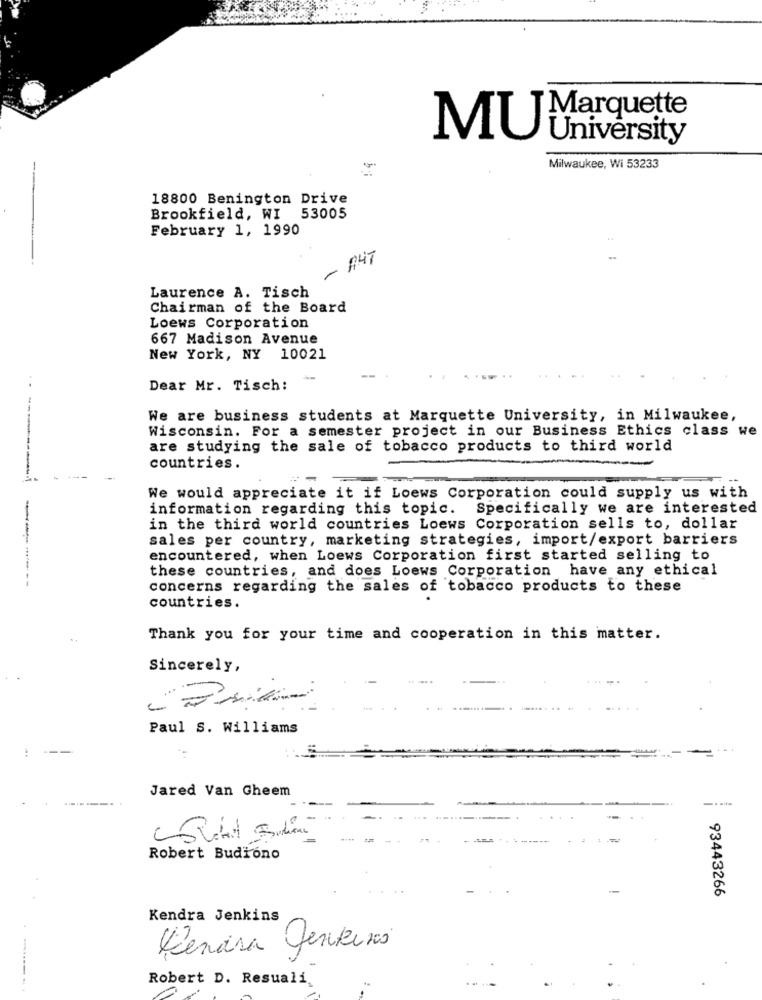
Marquette
MU
University
Milwaukee, Wi 53233
--
18800 Benington Drive
Brookfield, WI 53005
February 1, 1990
A4T
Laurence A. Tisch
Chairman of the Board
Loews Corporation
667 Madison Avenue
New York, NY 10021
Dear Mr. Tisch:
We are business students at Marquette University, in Milwaukee,
Wisconsin. For a semester project in our Business Ethics class we
are studying the sale of tobacco products to third world
countries.
We would appreciate it if Loews Corporation could supply us with
information regarding this topic. Specifically we are interested
in the third world countries Loews Corporation sells to, dollar
sales per country, marketing strategies, import/export barriers
encountered, when Loews Corporation first started selling to
these countries, and does Loews Corporation have any ethical
concerns regarding the sales of tobacco products to these
countries.
Thank you for your time and cooperation in this matter.
Sincerely,
Paul S. Williams
Jared Van Gheem
Robert Budióno
93443266
Kendra Jenkins
Kenara Jenkins
Robert D. Resuali,